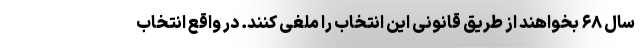
سال ۶۸ بخواهند از طریق قانونی این انتخاب را ملغی کنند. در واقع انتخاب